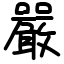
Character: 嚴